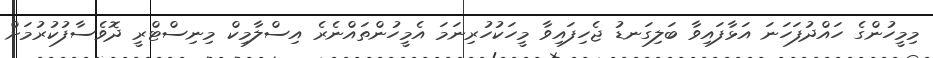
މިމީހުންގެ ހައްދުފަހަނަ އަޅާފައިވާ ބަލިގަނޑު ޖެހިފައިވާ މީހަކުހުރިނަމަ އެމީހުންތައްނެރެ އިސްލާމިކް މިނިސްޓްރީ ދޮވެސާފުކުރުމަށް